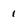
Character: 1